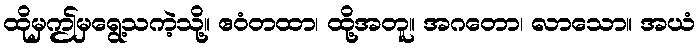
ထိုမှဤမှရွေ့သကဲ့သို့။ ဧဝံတထာ၊ ထို့အတူ။ အဂတော၊ လာသော။ အယံ